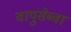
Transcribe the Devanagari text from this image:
वायुसेब्वा